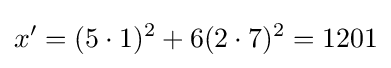
x'=(5\cdot 1)^{2}+6(2\cdot 7)^{2}=1201